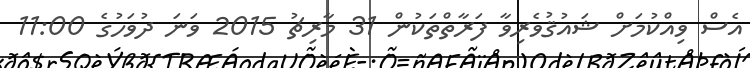
އެސް ވިއްކުމަށް ޝައުޤުވެރިވާ ފަރާތްތަކުން 31 މާރިޗު 2015 ވަނަ ދުވަހުގެ 11:00